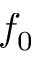
f _ { 0 }